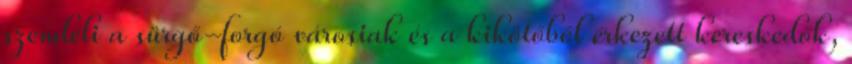
szemléli a sürgő-forgó városiak és a kikötőből érkezett kereskedők,